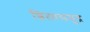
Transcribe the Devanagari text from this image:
शिलासमुद्र